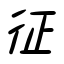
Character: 征